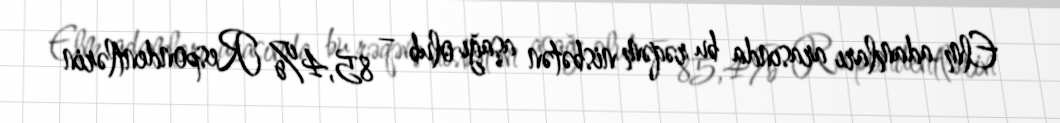
Elm adamları arasında bu rəqəm nisbətən aşağı olub – 85,4% Respondentlərin